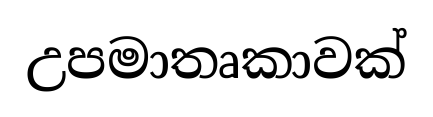
උපමාතෘකාවක්